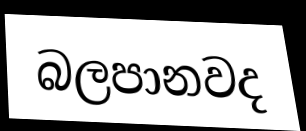
බලපානවද